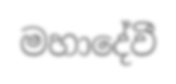
මහාදේවී